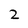
Character: 2